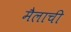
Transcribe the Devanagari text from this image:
मैलाची